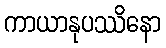
ကာယာနုပဿိနော